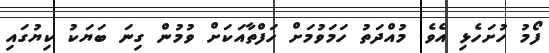
ފޯމު ހުށަހެޅި އެވެ. މުއްދަތު ހަމަވުމަށް ހަފްތާއަކަށް ވުމުން ގިނަ ބަޔަކު ކިޔުގައި